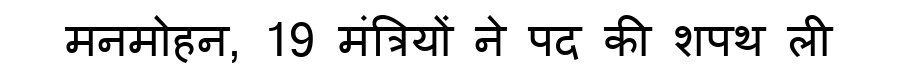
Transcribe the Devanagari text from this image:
मनमोहन, 19 मंत्रियों ने पद की शपथ ली